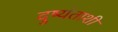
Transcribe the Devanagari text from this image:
दुष्यंताशी